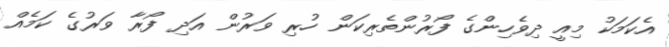
އެކަމަކު މިއީ ދިވެހިންގެ ފޯރުންތެރިކަން ހުރި ވަރުން އަދި ފޯރާ ވަރުގެ ކަމެއް